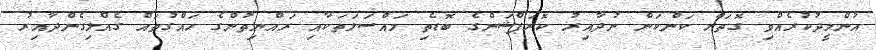
އުންމީދުކުރެއްވި ގޮތަށް ކަންކަން ނުދާއިރު ކޮރަޕްޝަންގެ ބޮޑެތި މައްސަލަތަކާއި ރައްޔިތުންގެ ހައްގުތައް ގެއްލިގެންދާއިރު